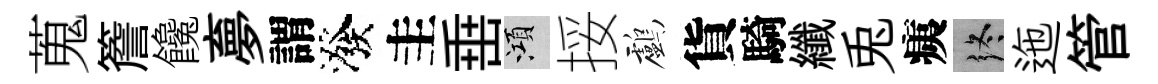
蒐簷饞夣謂潑圭𡸁澒挼鸕貨騎纖兎痍终迤管